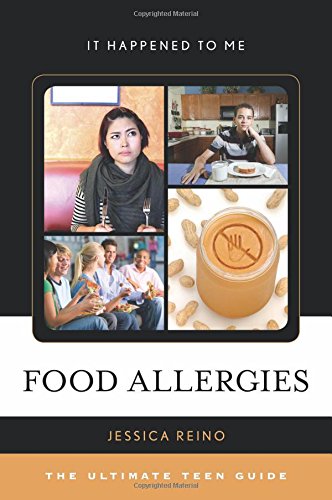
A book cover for Food Allergies: The Ultimate Teen Guide (It Happened to Me); Jessica Reino; Health, Fitness & Dieting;